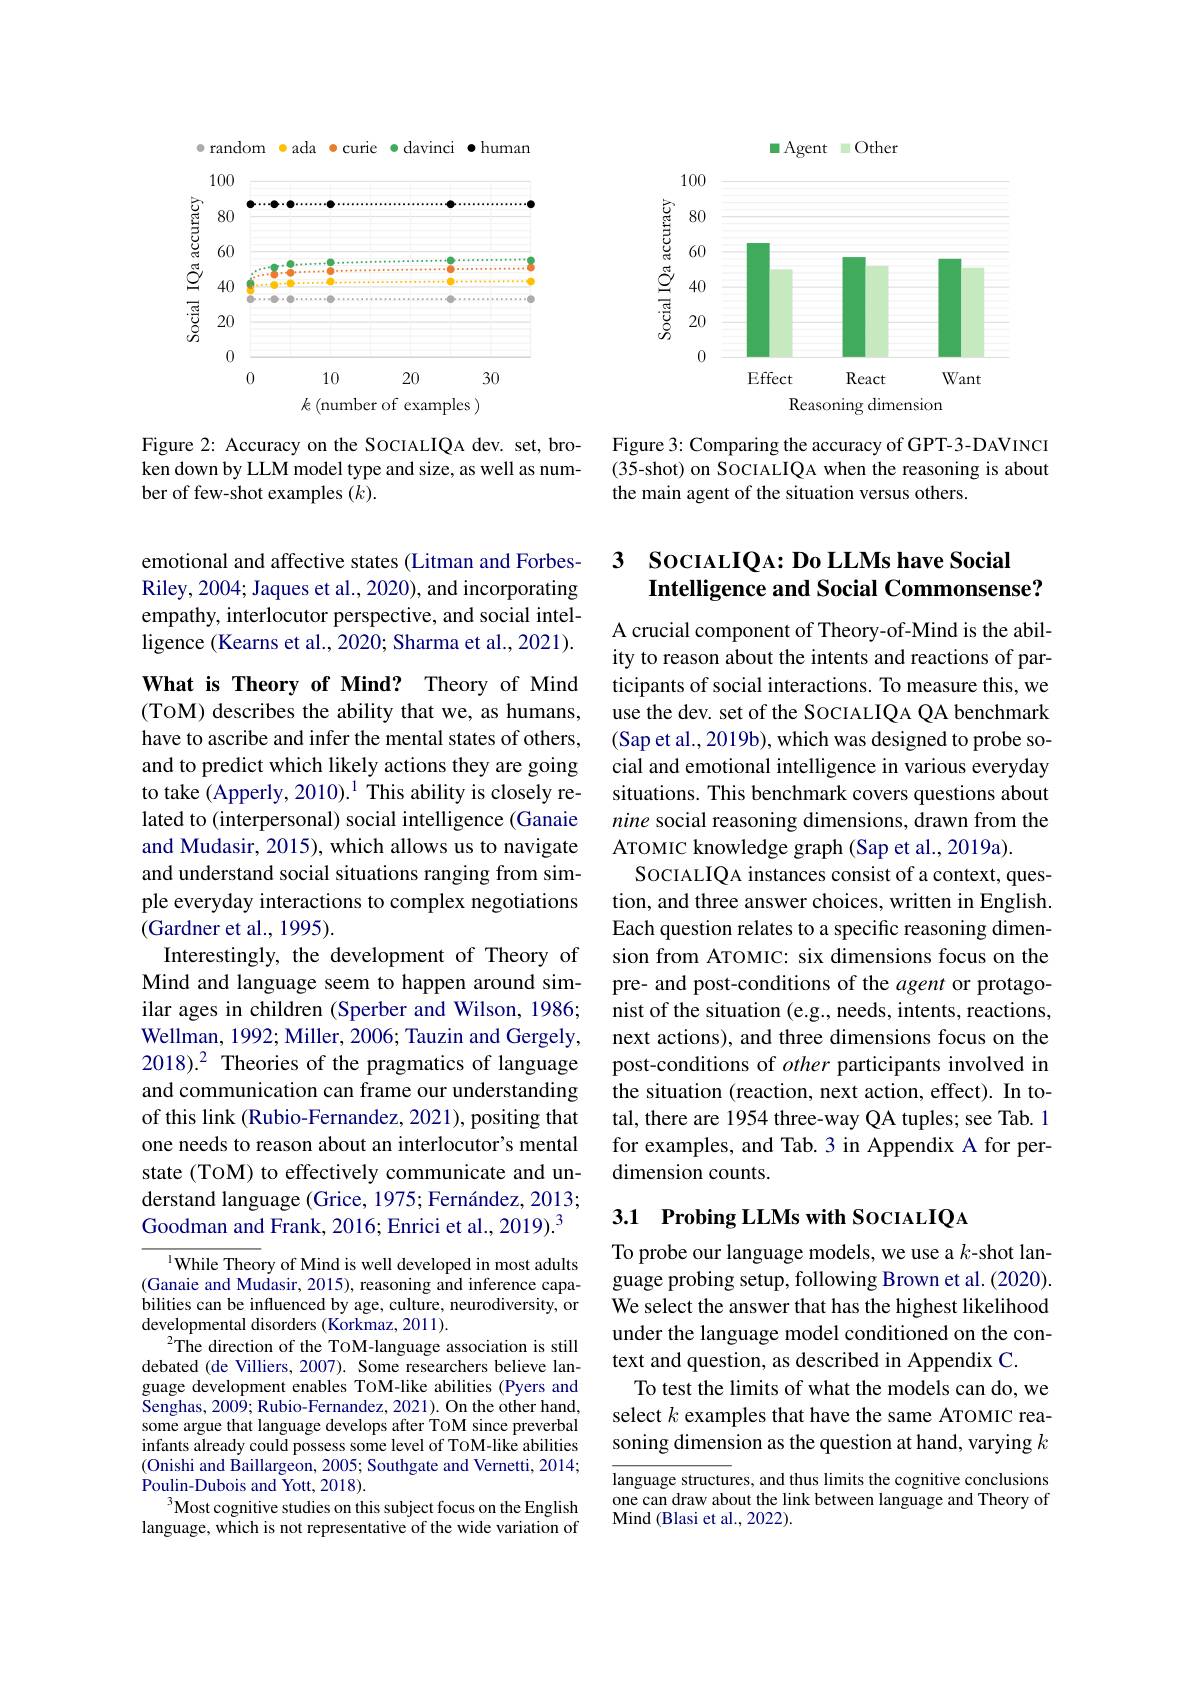
<FigureHere>

Figure 2: Accuracy on the SOCIALIQA dev. set, broken down by LLM model type and size, as well as number of few-shot examples $(k).$

emotional and affective states (Litman and ForbesRiley, 2004; Jaques et al., 2020), and incorporating empathy, interlocutor perspective, and social intelligence (Kearns et al., 2020; Sharma et al., 2021).

What is Theory of Mind? Theory of Mind (TOM) describes the ability that we, as humans, have to ascribe and infer the mental states of others, and to predict which likely actions they are going to take (Apperly, 2010).$^1$ This ability is closely related to (interpersonal) social intelligence (Ganaie and Mudasir, 2015), which allows us to navigate and understand social situations ranging from simple everyday interactions to complex negotiations (Gardner et al., 1995).
Interestingly, the development of Theory of Mind and language seem to happen around similar ages in children (Sperber and Wilson, 1986; Wellman, 1992; Miller, 2006; Tauzin and Gergely, 2018).2 Theories of the pragmatics of language and communication can frame our understanding of this link (Rubio-Fernandez, 2021), positing that one needs to reason about an interlocutor's mental state (ToM) to effectively communicate and understand language (Grice, 1975; Fernández, 2013; Goodman and Frank, 2016; Enrici et al., 2019).$^{3}$

$^{1}$While Theory of Mind is well developed in most adults $(Ganaie$ and Mudasir, 2015), reasoning and inference capabilities can be influenced by age, culture, neurodiversity, or developmental disorders (Korkmaz, 2011).
$^{2}$The direction of the TOM-language association is still debated (de Villiers, 2007). Some researchers believe language development enables ToM-like abilities (Pyers and Senghas, 2009; Rubio-Fernandez, 2021). On the other hand, some argue that language develops after TOM since preverbal infants already could possess some level of ToM-like abilities (Onishi and Baillargeon, 2005; Southgate and Vernetti, 2014; Poulin-Dubois and Yott, 2018).
$^3$Most cognitive studies on this subject focus on the English language, which is not representative of the wide variation of

<FigureHere>

Figure 3: Comparing the accuracy of GPT-3-DAVINCI (35-shot) on SOCIALIQA when the reasoning is about the main agent of the situation versus others.

## 3 SocıaLIQA: Do LLMs have Social Intelligence and Social Commonsense?

A crucial component of Theory-of-Mind is the ability to reason about the intents and reactions of participants of social interactions. To measure this, we use the dev. set of the SocIALIQA QA benchmark (Sap et al., 2019b), which was designed to probe social and emotional intelligence in various everyday situations. This benchmark covers questions about nine social reasoning dimensions, drawn from the ATOMIC knowledge graph (Sap et al., 2019a).
SOCIALIQA instances consist of a context, question, and three answer choices, written in English. Each question relates to a specific reasoning dimension from ATOMIC: six dimensions focus on the pre- and post-conditions of the agent or protagonist of the situation (e.g., needs, intents, reactions, next actions), and three dimensions focus on the post-conditions of other participants involved in the situation (reaction, next action, effect). In total, there are 1954 three-way QA tuples; see Tab. 1 for examples, and Tab. 3 in Appendix A for perdimension counts.

## 3.1 Probing LLMs with SocIALIQA

To probe our language models, we use a $k$-shot language probing setup, following Brown et al. (2020). We select the answer that has the highest likelihood under the language model conditioned on the context and question, as described in Appendix C.
To test the limits of what the models can do, we select $k$ examples that have the same ATOMIC reasoning dimension as the question at hand, varying $k$

language structures, and thus limits the cognitive conclusions one can draw about the link between language and Theory of Mind (Blasi et al., 2022).